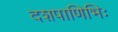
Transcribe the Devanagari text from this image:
दशपाणिभिः